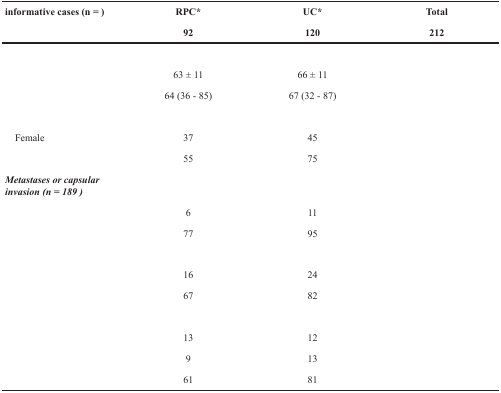
<table><thead><tr><td rowspan="2"><b>informative cases (n = )</b></td><td><b>RPC*</b></td><td><b>UC*</b></td><td><b>Total</b></td></tr><tr><td><b>92</b></td><td><b>120</b></td><td><b>212</b></td></tr></thead><tbody><tr><td>[EMPTY_CELL]</td><td>[EMPTY_CELL]</td><td>[EMPTY_CELL]</td><td>[EMPTY_CELL]</td></tr><tr><td>[EMPTY_CELL]</td><td>63 ± 11</td><td>66 ± 11</td><td>[EMPTY_CELL]</td></tr><tr><td>[EMPTY_CELL]</td><td>64 (36 - 85)</td><td>67 (32 - 87)</td><td>[EMPTY_CELL]</td></tr><tr><td>[EMPTY_CELL]</td><td>[EMPTY_CELL]</td><td>[EMPTY_CELL]</td><td>[EMPTY_CELL]</td></tr><tr><td> Female</td><td>37</td><td>45</td><td>[EMPTY_CELL]</td></tr><tr><td>[EMPTY_CELL]</td><td>55</td><td>75</td><td>[EMPTY_CELL]</td></tr><tr><td><b><i>Metastases or capsular invasion (n = 189)</i></b></td><td>[EMPTY_CELL]</td><td>[EMPTY_CELL]</td><td>[EMPTY_CELL]</td></tr><tr><td>[EMPTY_CELL]</td><td>6</td><td>11</td><td>[EMPTY_CELL]</td></tr><tr><td>[EMPTY_CELL]</td><td>77</td><td>95</td><td>[EMPTY_CELL]</td></tr><tr><td>[EMPTY_CELL]</td><td>[EMPTY_CELL]</td><td>[EMPTY_CELL]</td><td>[EMPTY_CELL]</td></tr><tr><td>[EMPTY_CELL]</td><td>16</td><td>24</td><td>[EMPTY_CELL]</td></tr><tr><td>[EMPTY_CELL]</td><td>67</td><td>82</td><td>[EMPTY_CELL]</td></tr><tr><td>[EMPTY_CELL]</td><td>[EMPTY_CELL]</td><td>[EMPTY_CELL]</td><td>[EMPTY_CELL]</td></tr><tr><td>[EMPTY_CELL]</td><td>13</td><td>12</td><td>[EMPTY_CELL]</td></tr><tr><td>[EMPTY_CELL]</td><td>9</td><td>13</td><td>[EMPTY_CELL]</td></tr><tr><td>[EMPTY_CELL]</td><td>61</td><td>81</td><td>[EMPTY_CELL]</td></tr></tbody></table>